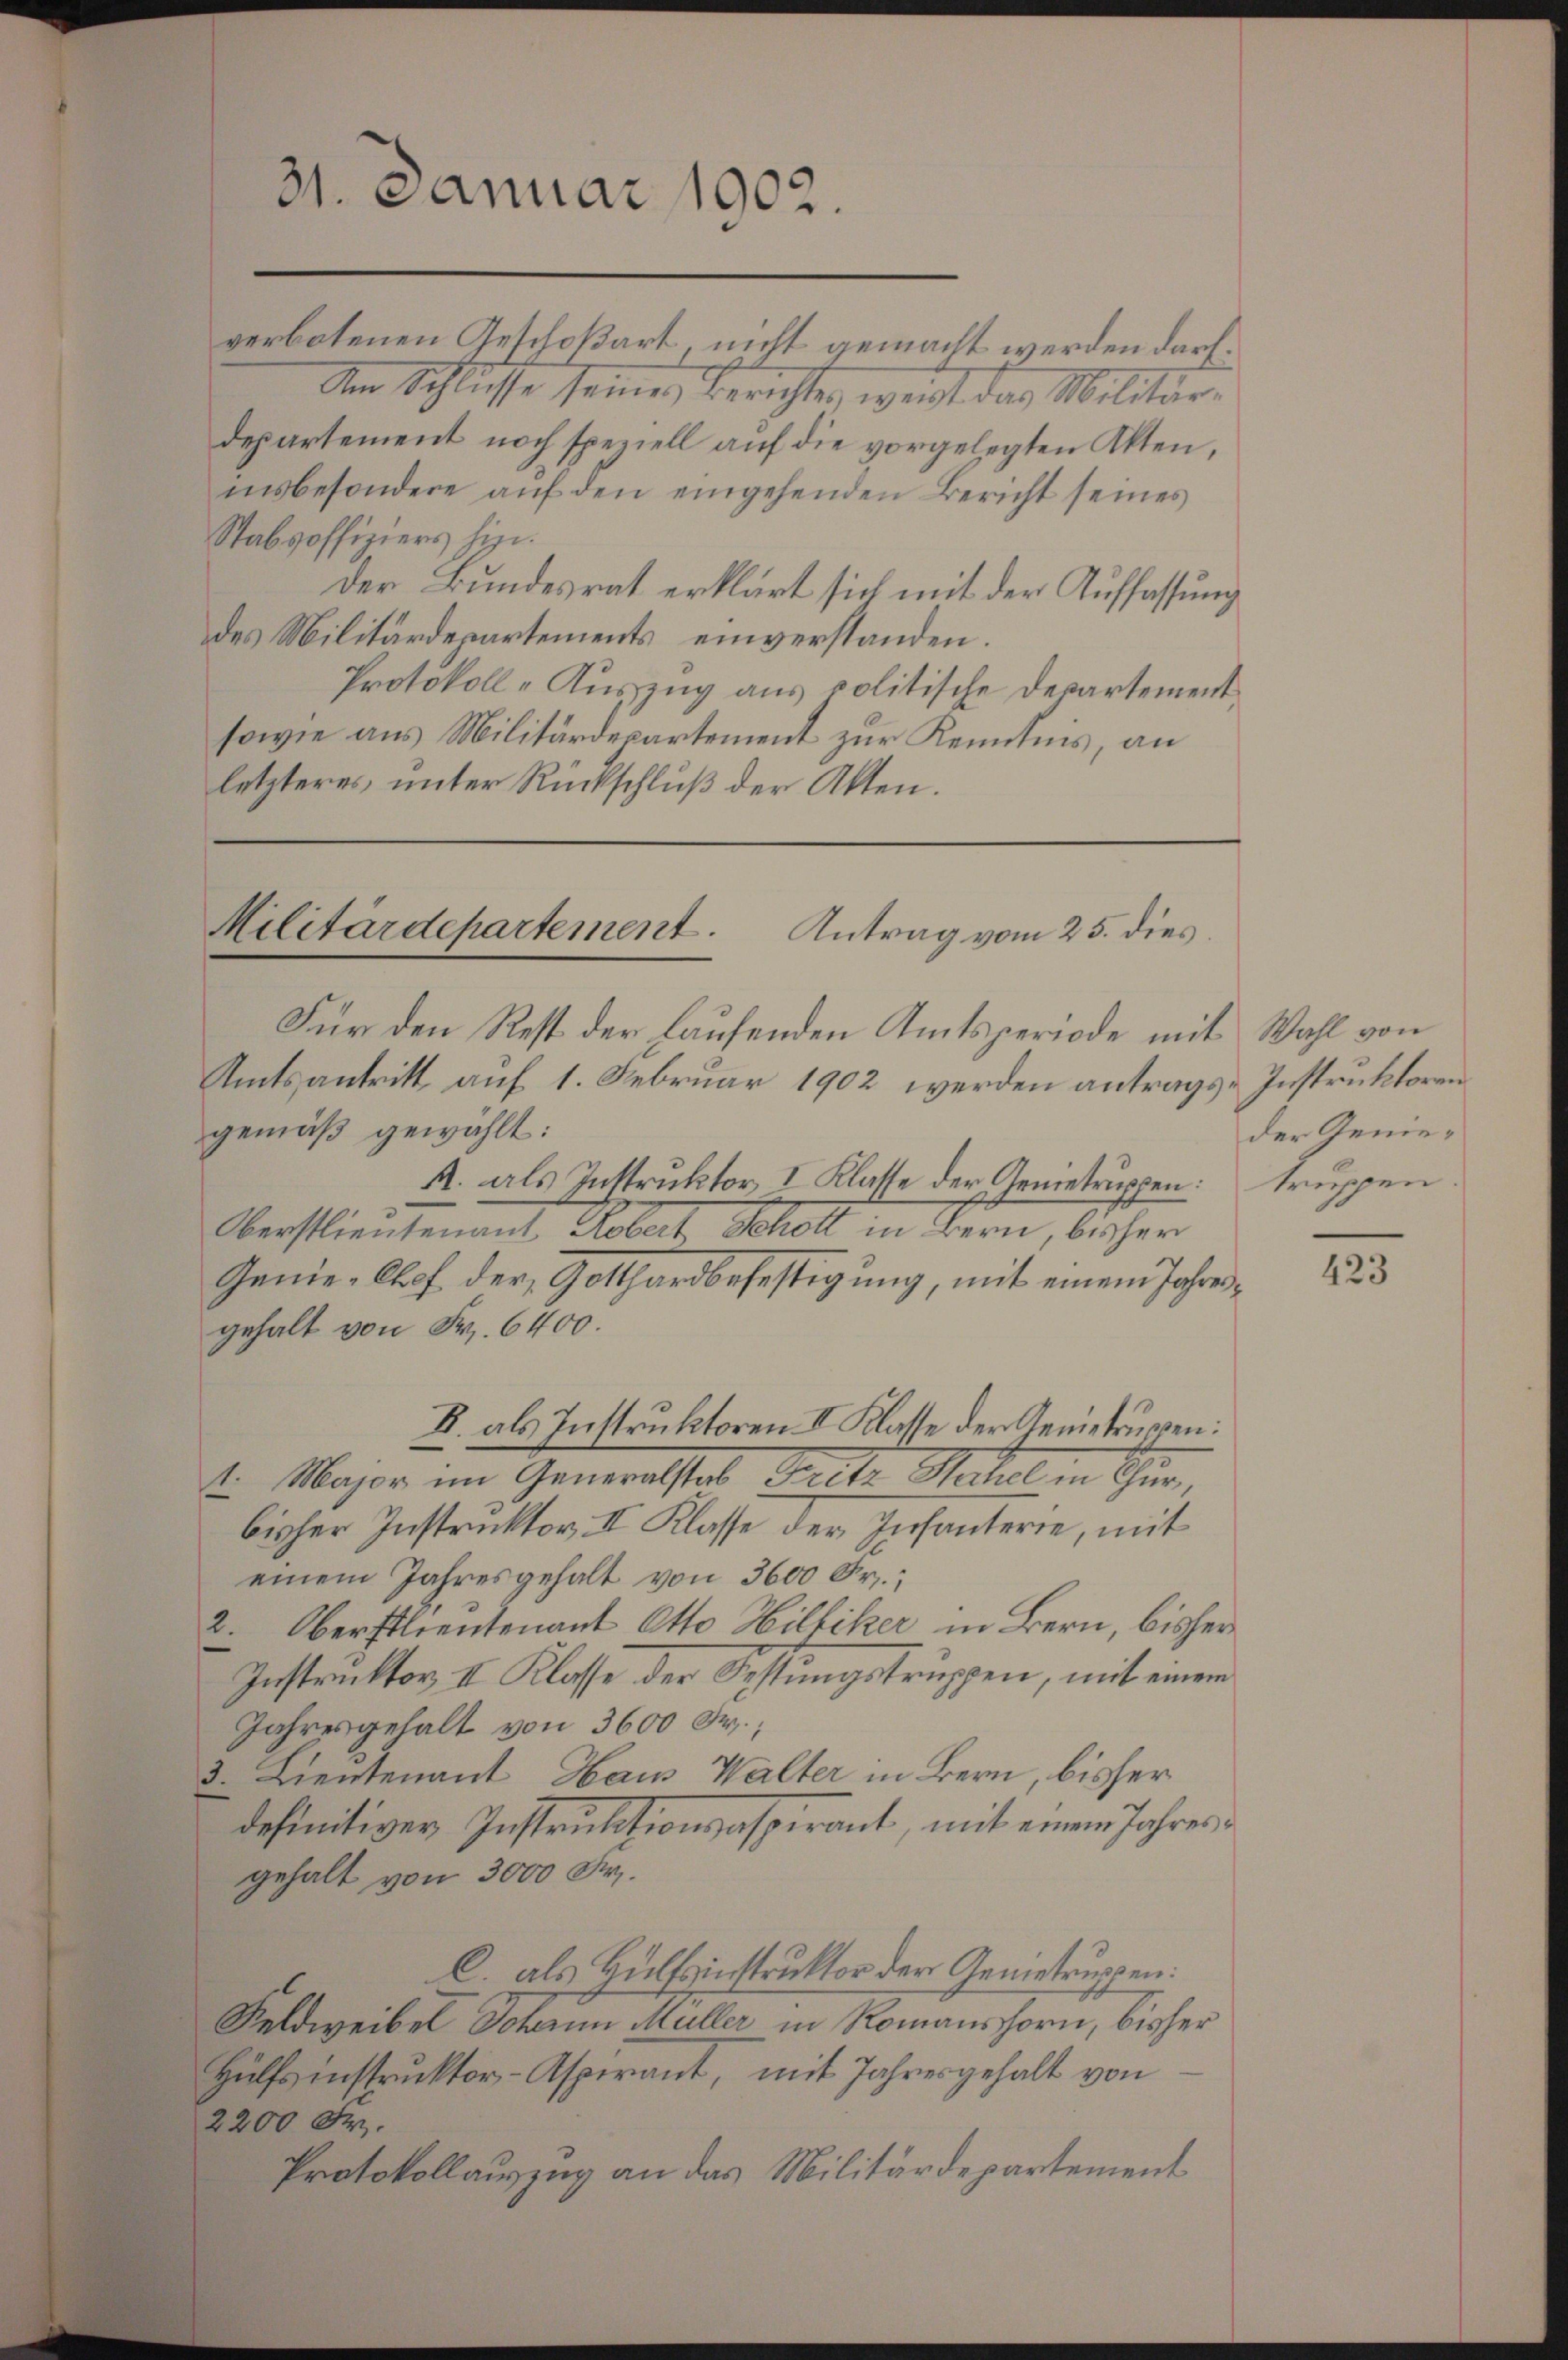
verbotenen Geschoßart, nicht gemacht werden darf.
Am Schlüsse seines Berichtes, weist das Militär-
departement noch speziell auf die vorgelegten Akten,
insbesondere aŭf den eingehenden Bericht seines
Stabsoffiziers hin.
Der Bundesrat erklärt sich mit der Auffassung
des Militärdepartements einverstanden.
Protokoll-Auszug aus politische Departement
sowie aus Militärdepartement zur Kenntnis, an
letzteres unter Rückschluß der Akten.

31. Januar 1902.

Militärdepartement. Antrag vom 25. dies
Für den Rest der Laufenden Amtsperiode mit Wahl von
Amtsantritt auf 1. Februar 1902 werden antrags-Instruktoren
gemäß gewählt:

A. als Instruktor I Klasse der Genietruppen: Truppen
Oberstlieutenant Kobert, Scholt in Bern, bisher
Genie-Chef der Gotthardbefestigung, mit einem Jahrengehalt von Fr. 6400.
I. als Instruktoren II Klasse der Gemetrugen:
1. Major im Generalstab Fritz Hahel in Thurbisher Instruktor, II Klasse der Infanterie, mit
einem Jahresgehalt von 3600 Fr.;
2. Oberstlieutenant Otto Hilfiker in Bern, bisher
Instruktor II Klasse der Sehtungstruppen, mit einem
Jahresgehalt von 3600 Fr.
3. Lieutenant Haus Walter in Bern, bisher
definitiver Instruktionsaspirant, mit einem Jahresgehalt von 3000 Fr.
C. als Hülfsinstruktor der Genietruppen:
Feldweibel Johann Müller in Romanshorn, bisher
Hülfsinstrŭktor-Aspirant, mit Jahresgehalt von
2200 Fr.
Protokollauszug an das Militärdepartement

der Genie¬

423